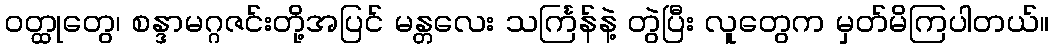
ဝတ္ထုတွေ၊ စန္ဒာမဂ္ဂဇင်းတို့အပြင် မန္တလေး သင်္ကြန်နဲ့ တွဲပြီး လူတွေက မှတ်မိကြပါတယ်။